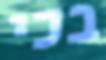
בכי